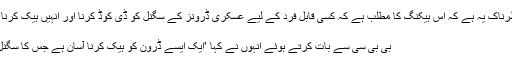
اس سے بھی زیادہ خطرناک یہ ہے کہ اس ہیکنگ کا مطلب ہے کہ کسی قابل فرد کے لیے عسکری ڈرونز کے سگنل کو ڈی کوڈ کرنا اور انہیں ہیک کرنا زیادہ مشکل نہیں ہوگا
نوئل شارکی
بی بی سی سے بات کرتے ہوئے انہوں نے کہا ’ایک ایسے ڈرون کو ہیک کرنا آسان ہے جس کا سگنل محفوظ نہیں بنایا گیا۔